Report on the working of the Ranchi Indian Mental Hospital, Kanke, in Bihar and Orissa - 1930-1940
Year: 1930
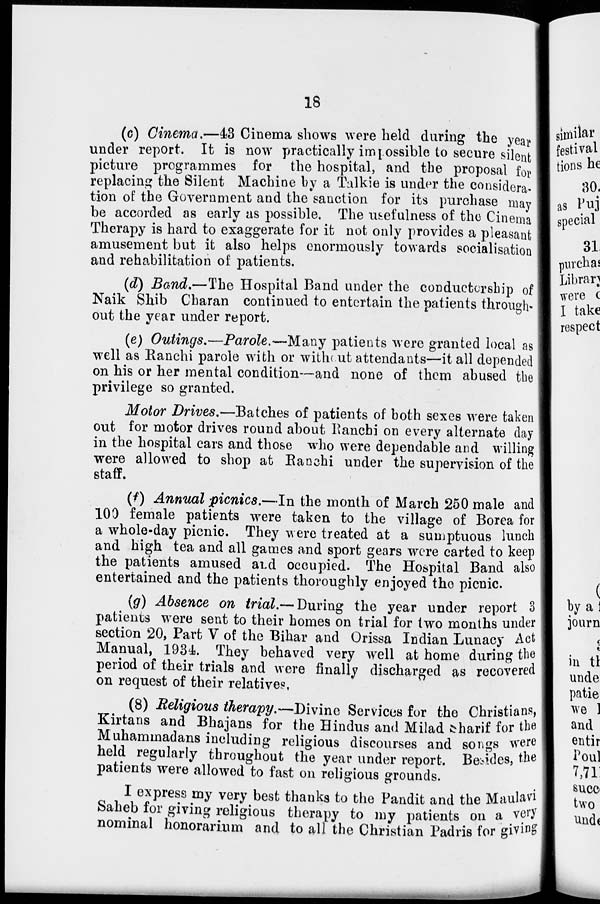
18
(c) Cinema.—43 Cinema shows were held during the year
under report. It is now practically impossible to secure silent
picture programmes for the hospital, and the proposal for
replacing the Silent Machine by a Talkie is under the considera-
tion of the Government and the sanction for its purchase may
be accorded as early as possible. The usefulness of the Cinema
Therapy is hard to exaggerate for it not only provides a pleasant
amusement but it also helps enormously towards socialisation
and rehabilitation of patients.
(d) Band.—The Hospital Band under the conductorship of
Naik Shib Charan continued to entertain the patients through-
out the year under report.
(e) Outings.—Parole.—Many patients were granted local as
well as Ranchi parole with or without attendants—it all depended
on his or her mental condition—and none of them abused the
privilege so granted.
Motor Drives.—Batches of patients of both sexes were taken
out for motor drives round about Ranchi on every alternate day
in the hospital cars and those who were dependable and willing
were allowed to shop at Ranchi under the supervision of the
staff.
(f) Annual picnics.—In the month of March 250 male and
100 female patients were taken to the village of Borea for
a whole-day picnic. They were treated at a sumptuous lunch
and high tea and all games and sport gears were carted to keep
the patients amused and occupied. The Hospital Band also
entertained and the patients thoroughly enjoyed the picnic.
(g) Absence on trial.— During the year under report 3
patients were sent to their homes on trial for two months under
section 20, Part V of the Bihar and Orissa Indian Lunacy Act
Manual, 1934. They behaved very well at home during the
period of their trials and were finally discharged as recovered
on request of their relatives,
(8) Religious therapy.—Divine Services for the Christians,
Kirtans and Bhajans for the Hindus and Milad Sharif for the
Muhammadans including religious discourses and songs were
held regularly throughout the year under report. Besides, the
patients were allowed to fast on religious grounds.
I express my very best thanks to the Pandit and the Maulavi
Saheb for giving religious therapy to my patients on a very
nominal honorarium and to all the Christian Padris for giving